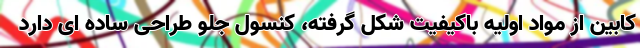
کابین از مواد اولیه باکیفیت شکل گرفته، کنسول جلو طراحی ساده ای دارد